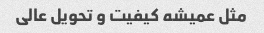
مثل عمیشه کیفیت و تحویل عالی